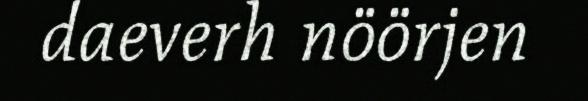
daeverh nöörjen